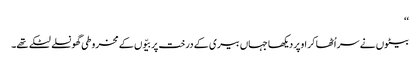
‘‘
بیٹوں نے سر اُٹھا کر اوپر دیکھا جہاں بیری کے درخت پر بیّوں کے مخروطی گھونسلے لٹکے تھے۔